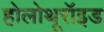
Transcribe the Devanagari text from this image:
होलोथूरॉइड